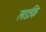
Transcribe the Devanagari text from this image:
लडकि